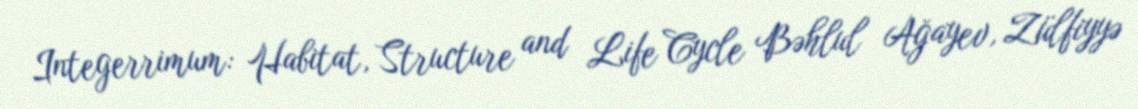
Integerrimum: Habitat, Structure and Life Cycle Bəhlul Ağayev, Zülfiyyə